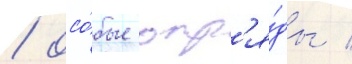
/ осо́бые отр'я́ды /